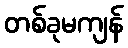
တစ်ခုမကျန်